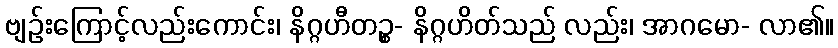
ဗျဉ်းကြောင့်လည်းကောင်း၊ နိဂ္ဂဟီတဉ္စ- နိဂ္ဂဟိတ်သည် လည်း၊ အာဂမော- လာ၏။